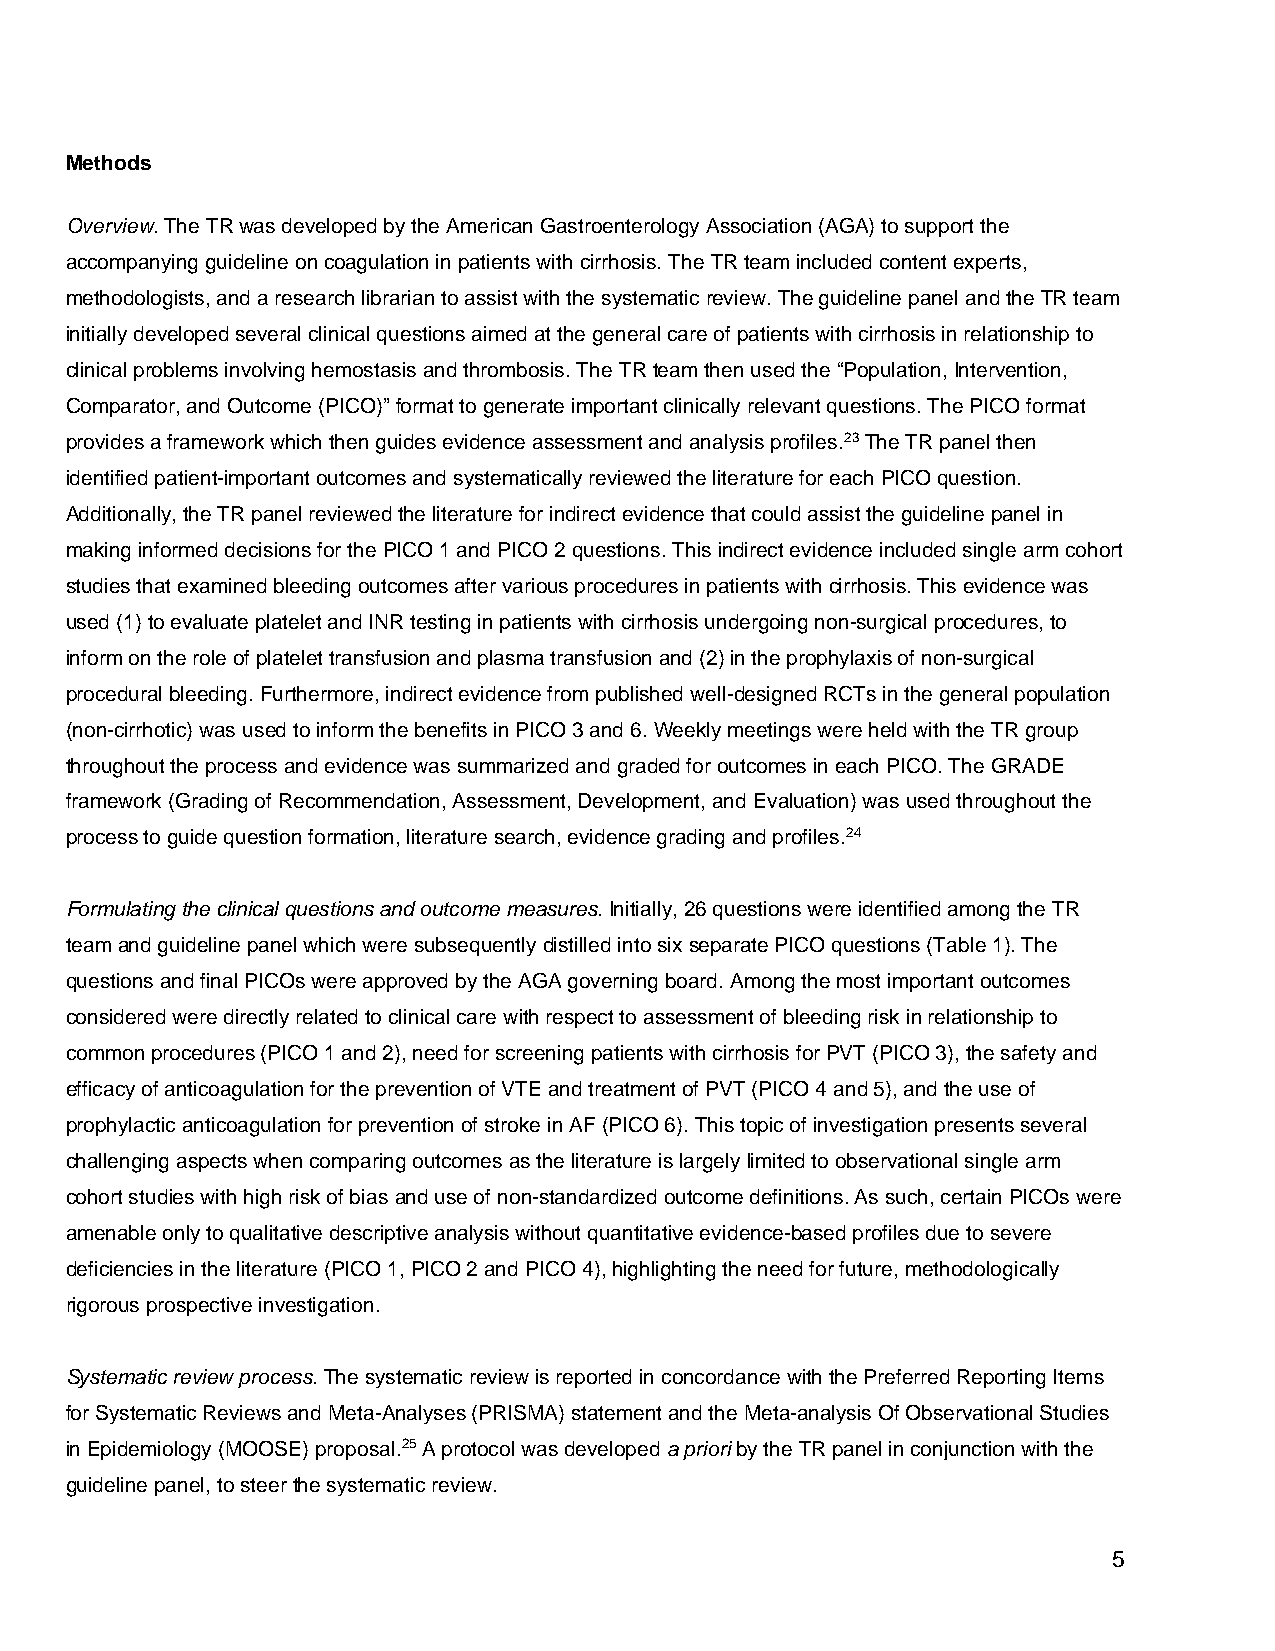
Methods
 Overview. The TR was developed by the American Gastroenterology Association (AGA) to support the
 accompanying guideline on coagulation in patients with cirrhosis. The TR team included content experts,
 methodologists, and a research librarian to assist with the systematic review. The guideline panel and the TR team
 initially developed several clinical questions aimed at the general care of patients with cirrhosis in relationship to
 clinical problems involving hemostasis and thrombosis. The TR team then used the “Population, Intervention,
 Comparator, and Outcome (PICO)” format to generate important clinically relevant questions. The PICO format
 provides a framework which then guides evidence assessment and analysis profiles.23 The TR panel then
 identified patient-important outcomes and systematically reviewed the literature for each PICO question.
 Additionally, the TR panel reviewed the literature for indirect evidence that could assist the guideline panel in
 making informed decisions for the PICO 1 and PICO 2 questions. This indirect evidence included single arm cohort
 studies that examined bleeding outcomes after various procedures in patients with cirrhosis. This evidence was
 used (1) to evaluate platelet and INR testing in patients with cirrhosis undergoing non-surgical procedures, to
 inform on the role of platelet transfusion and plasma transfusion and (2) in the prophylaxis of non-surgical
 procedural bleeding. Furthermore, indirect evidence from published well-designed RCTs in the general population
 (non-cirrhotic) was used to inform the benefits in PICO 3 and 6. Weekly meetings were held with the TR group
 throughout the process and evidence was summarized and graded for outcomes in each PICO. The GRADE
 framework (Grading of Recommendation, Assessment, Development, and Evaluation) was used throughout the
 process to guide question formation, literature search, evidence grading and profiles.24
 Formulating the clinical questions and outcome measures. Initially, 26 questions were identified among the TR
 team and guideline panel which were subsequently distilled into six separate PICO questions (Table 1). The
 questions and final PICOs were approved by the AGA governing board. Among the most important outcomes
 considered were directly related to clinical care with respect to assessment of bleeding risk in relationship to
 common procedures (PICO 1 and 2), need for screening patients with cirrhosis for PVT (PICO 3), the safety and
 efficacy of anticoagulation for the prevention of VTE and treatment of PVT (PICO 4 and 5), and the use of
 prophylactic anticoagulation for prevention of stroke in AF (PICO 6). This topic of investigation presents several
 challenging aspects when comparing outcomes as the literature is largely limited to observational single arm
 cohort studies with high risk of bias and use of non-standardized outcome definitions. As such, certain PICOs were
 amenable only to qualitative descriptive analysis without quantitative evidence-based profiles due to severe
 deficiencies in the literature (PICO 1, PICO 2 and PICO 4), highlighting the need for future, methodologically
 rigorous prospective investigation.
 Systematic review process. The systematic review is reported in concordance with the Preferred Reporting Items
 for Systematic Reviews and Meta-Analyses (PRISMA) statement and the Meta-analysis Of Observational Studies
 in Epidemiology (MOOSE) proposal.25 A protocol was developed a priori by the TR panel in conjunction with the
 guideline panel, to steer the systematic review.
 5